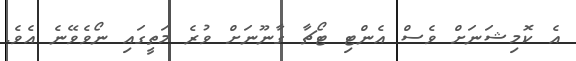
އެ ކޮމިޝަނަށް ވެސް އެންޓި ޓޯޗާ ގާނޫނަށް ވުރެ މަތީގައި ނޯވެވޭނެ އެވެ.